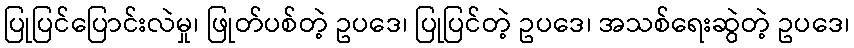
ပြုပြင်ပြောင်းလဲမှု၊ ဖြုတ်ပစ်တဲ့ ဥပဒေ၊ ပြုပြင်တဲ့ ဥပဒေ၊ အသစ်ရေးဆွဲတဲ့ ဥပဒေ၊